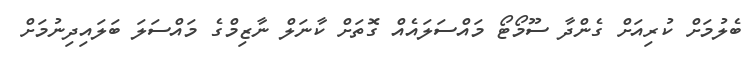
ބެލުމަށް ކުރިއަށް ގެންދާ ސޫމޯޓޯ މައްސަލައެއް ގޮތަށް ކާނަލް ނާޒިމްގެ މައްސަލަ ބަލައިދިނުމަށް